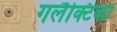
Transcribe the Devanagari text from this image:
गलैक्टिका